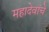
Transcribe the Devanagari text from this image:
महादेवांचे